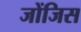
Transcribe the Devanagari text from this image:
जोंजिस